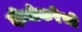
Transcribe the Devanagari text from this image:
दीमोकरेची